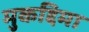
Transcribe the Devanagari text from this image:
मुकद्दिमा